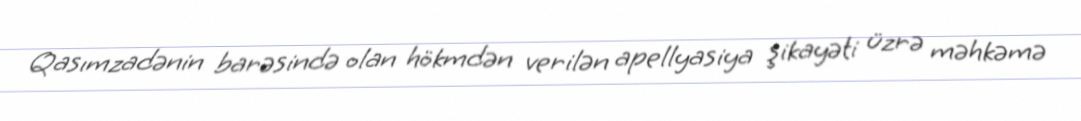
Qasımzadənin barəsində olan hökmdən verilən apellyasiya şikayəti üzrə məhkəmə